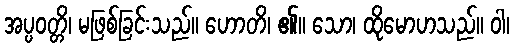
အပ္ပဝတ္တိ၊ မဖြစ်ခြင်းသည်။ ဟောတိ၊ ၏။ သော၊ ထိုမောဟသည်။ ဝါ၊